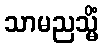
သာမညသ္မိံ